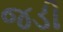
જડી